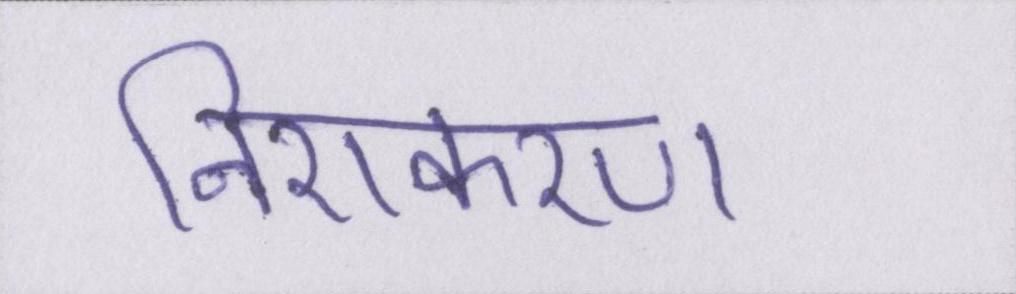
निराकरण